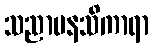
သညာမနသိကာရာ